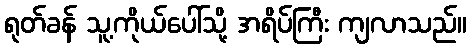
ရုတ်ခန် သူ့ကိုယ်ပေါ်သို့ အရိပ်ကြီး ကျလာသည်။